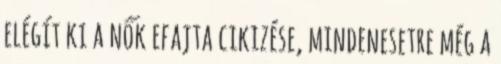
elégít ki a nők efajta cikizése, mindenesetre még a